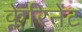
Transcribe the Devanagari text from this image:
क्लेरिनेट